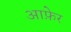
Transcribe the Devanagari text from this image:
आफ़ेर